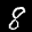
Label: 8